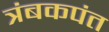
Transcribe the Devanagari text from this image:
त्रंबकपंत